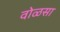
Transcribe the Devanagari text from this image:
वोळसा